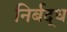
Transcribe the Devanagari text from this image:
निर्बद्ध